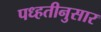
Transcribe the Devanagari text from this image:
पध्हतीनुसार